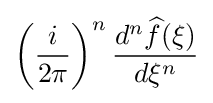
\left({\frac {i}{2\pi }}\right)^{n}{\frac {d^{n}{\widehat {f}}(\xi )}{d\xi ^{n}}}